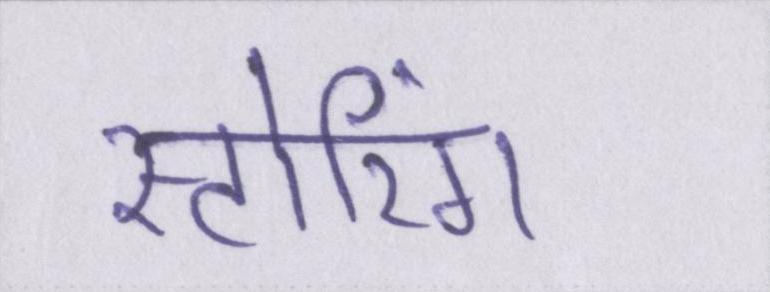
स्टोरिंग